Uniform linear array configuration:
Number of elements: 8
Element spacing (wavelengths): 0.75
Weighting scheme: cosine
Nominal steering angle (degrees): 0
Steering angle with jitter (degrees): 0.02418
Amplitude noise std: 0.05
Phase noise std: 0.05

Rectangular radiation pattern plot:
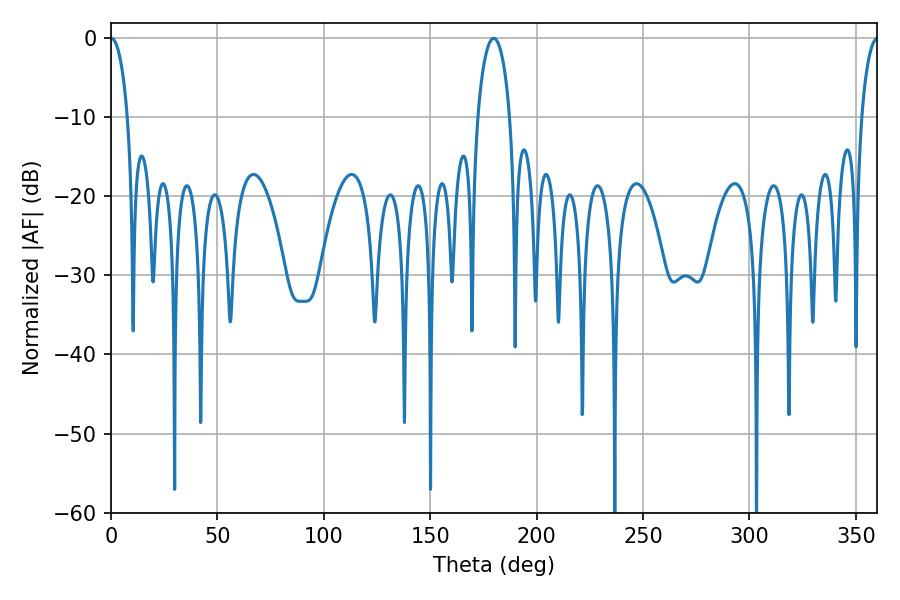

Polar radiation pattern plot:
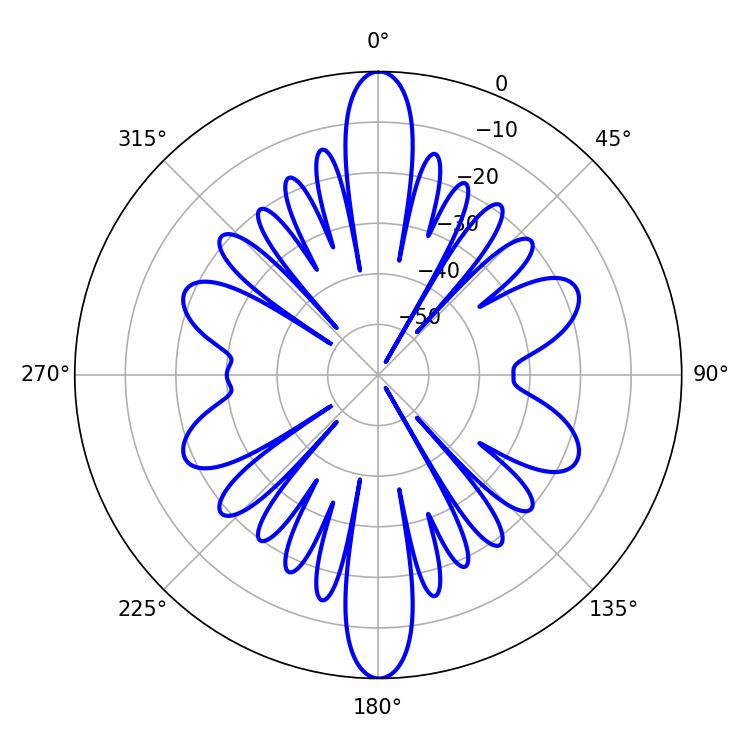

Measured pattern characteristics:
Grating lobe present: TRUE
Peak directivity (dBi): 29.55
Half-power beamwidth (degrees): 4.5
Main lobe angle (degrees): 0.18